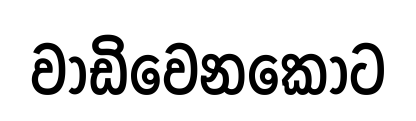
වාඩිවෙනකොට